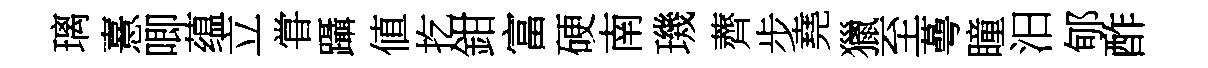
璃憙唧蕴立甞躡値扢鉗富硬南璣薺步堯獵至蕚瞳汨郇酢